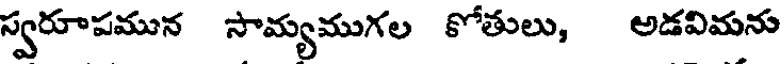
స్వరూపమున సామ్యముగల కోతులు, అడవిమను